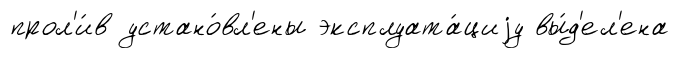
прол'и́в устано́вл'ены эксплуата́циjу вы́д'ел'ена